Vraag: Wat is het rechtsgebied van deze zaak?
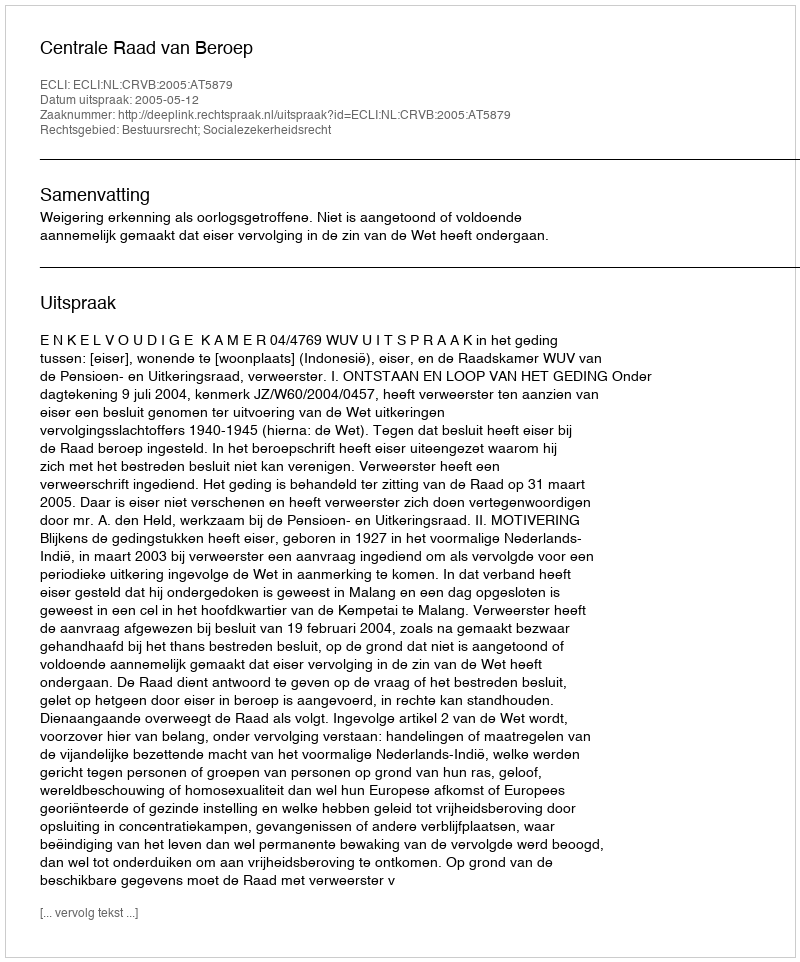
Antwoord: Bestuursrecht; Socialezekerheidsrecht